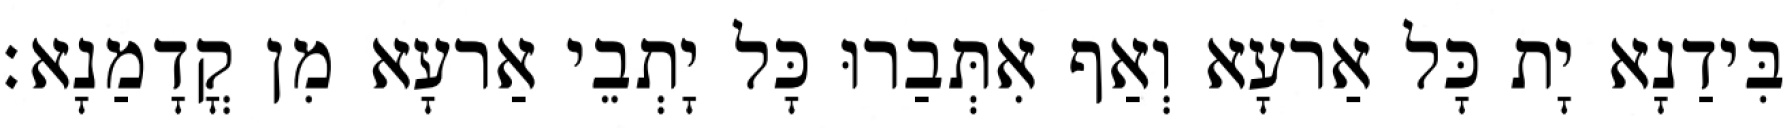
בִּידַנָא יָת כָּל אַרעָא וְאַף אִתְּבַרוּ כָּל יָתְבֵי אַרעָא מִן קֳדָמַנָא׃